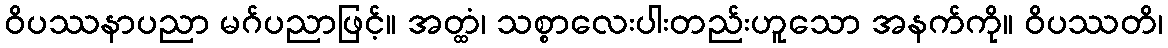
ဝိပဿနာပညာ မဂ်ပညာဖြင့်။ အတ္ထံ၊ သစ္စာလေးပါးတည်းဟူသော အနက်ကို။ ဝိပဿတိ၊